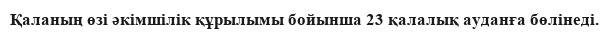
Қаланың өзі әкімшілік құрылымы бойынша 23 қалалық ауданға бөлінеді.